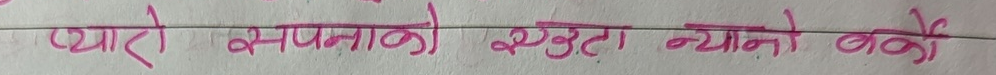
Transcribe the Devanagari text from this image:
प्यारो सपनाको एउटा न्यानो बडो